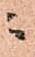
ニ